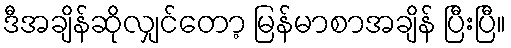
ဒီအချိန်ဆိုလျှင်တော့ မြန်မာစာအချိန် ပြီးပြီ။